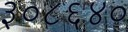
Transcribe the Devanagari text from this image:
३०८६४०